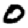
Digit: 0